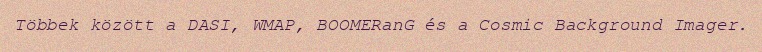
Többek között a DASI, WMAP, BOOMERanG és a Cosmic Background Imager.